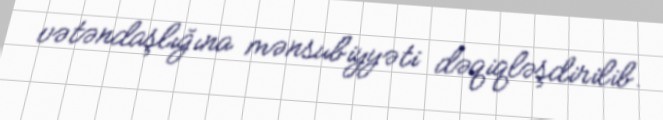
vətəndaşlığına mənsubiyyəti dəqiqləşdirilib.